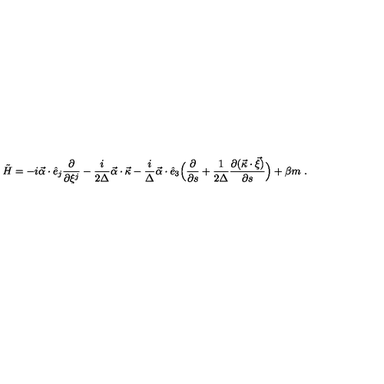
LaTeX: \tilde { H } = - i \vec { \alpha } \cdot \hat { e } _ { j } \frac { \partial } { \partial \xi ^ { j } } - \frac { i } { 2 \Delta } \vec { \alpha } \cdot \vec { \kappa } - \frac { i } { \Delta } \vec { \alpha } \cdot \hat { e } _ { 3 } \Bigl ( \frac { \partial } { \partial s } + \frac { 1 } { 2 \Delta } \frac { \partial ( \vec { \kappa } \cdot \vec { \xi } ) } { \partial s } \Bigr ) + \beta m \ .